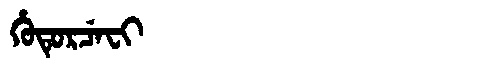
Manchu: ᡥᡠᡨᡠᡵᠴᡝᠸᡳ
Romanization: HUTURCEFI